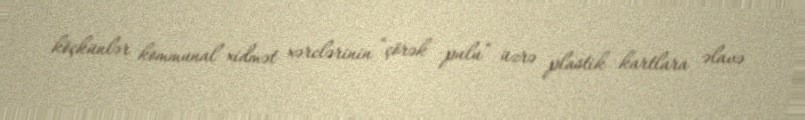
köçkünlər kommunal xidmət xərclərinin “çörək pulu” üzrə plastik kartlara əlavə